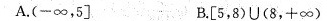
A.(-∞，5〕 B.[5，8)\cup (8，+∞)